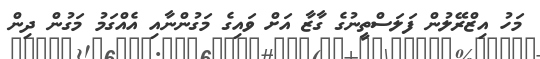
މަހު އިޒްރޭލުން ފަލަސްތީނުގެ ގާޒާ އަށް ވައިގެ މަގުންނާއި އެއްގަމު މަގުން ދިން